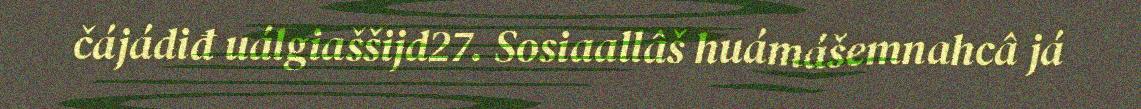
čájádiđ uálgiaššijd27. Sosiaallâš huámášemnahcâ já